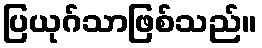
ပြယုဂ်သာဖြစ်သည်။